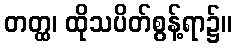
တတ္ထ၊ ထိုသပိတ်စွန့်ရာ၌။